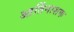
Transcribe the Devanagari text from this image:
आर्तिनाशक